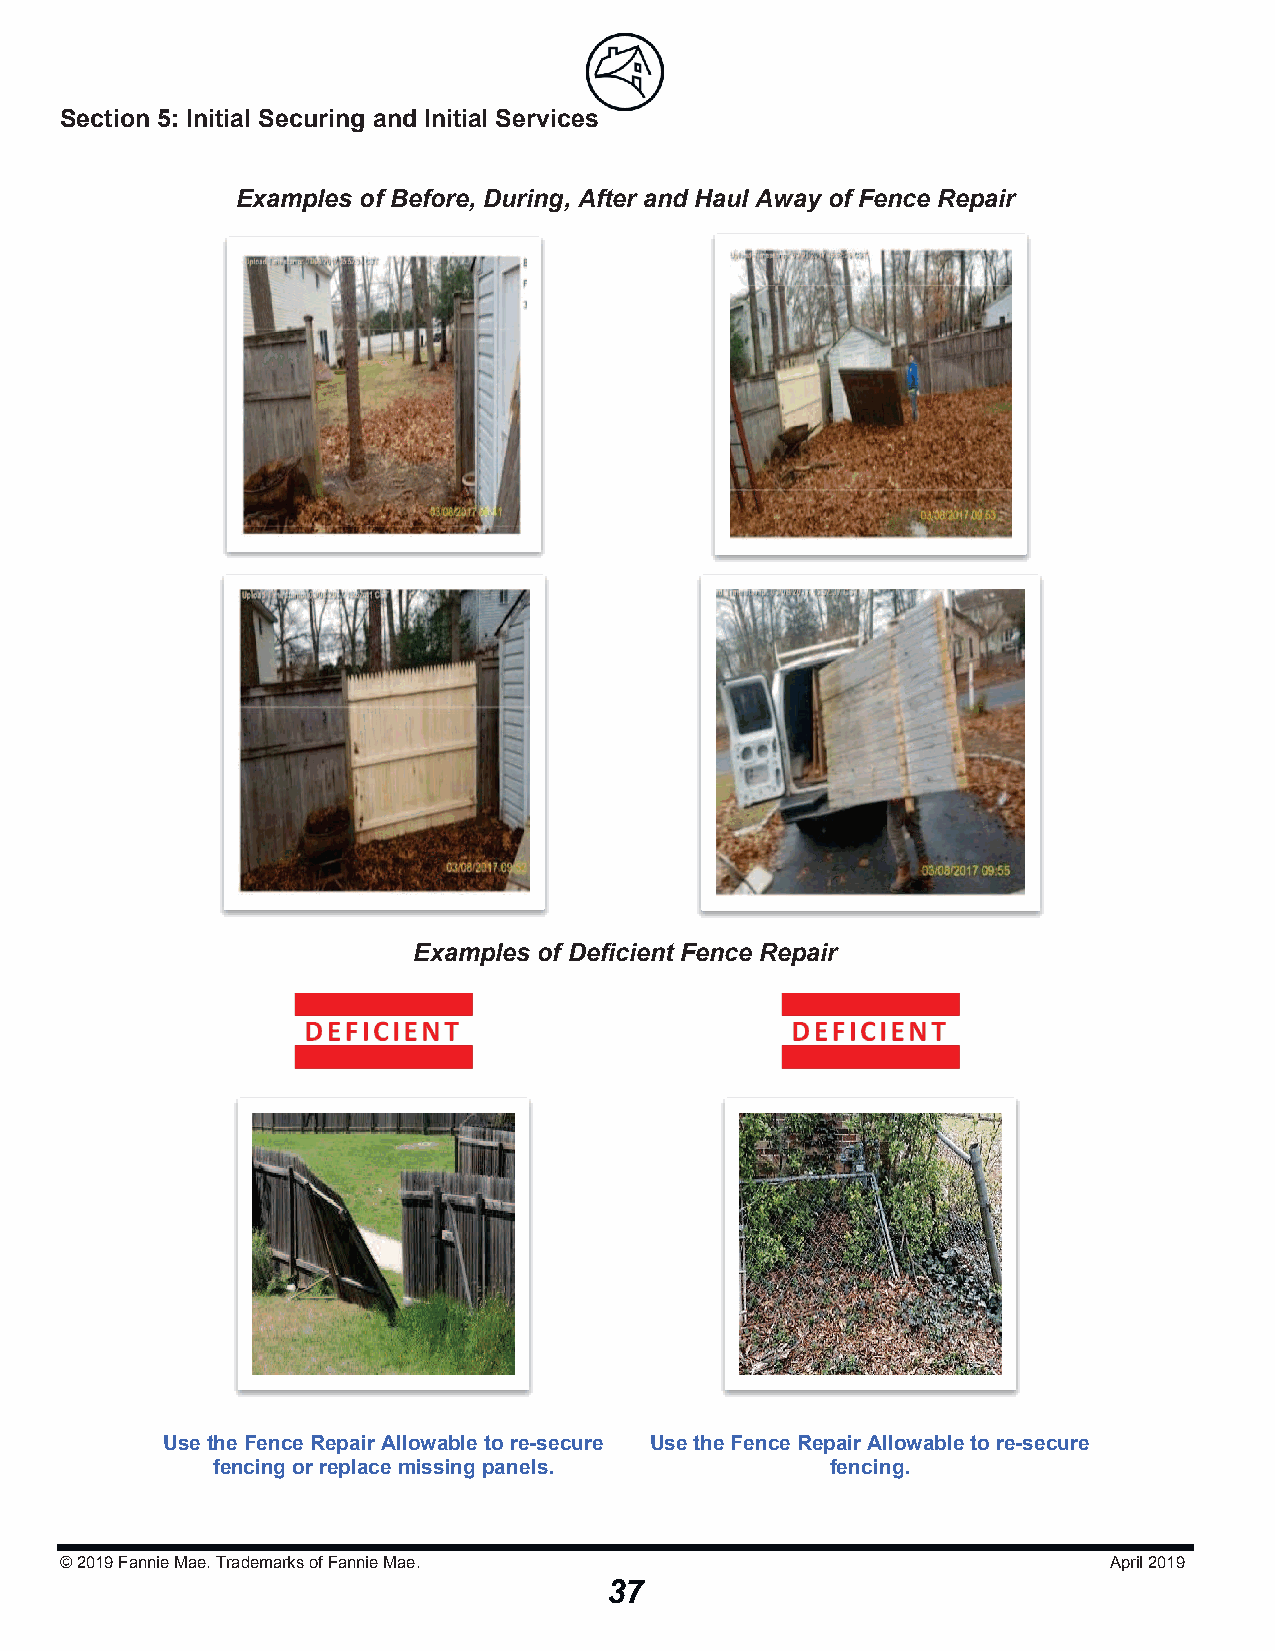
Section 5: Initial Securing and Initial Serviicceess
 Examples of Before, During, After and Haul Away of Fence Repair
 Examples of Deficient Fence Repair
 Use the Fence Repair Allowable to re-secure Use the Fence Repair Allowableto re-secure
 fencing or replace missing panels.       fencing.
 © 2019Fannie Mae. Trademarks of Fannie Mae.                          April 2019
 37